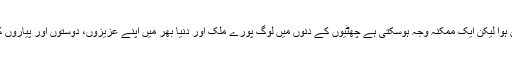
یہ واضح نہیں ہوسکا کہ ایسا کیوں ہوا لیکن ایک ممکنہ وجہ ہوسکتی ہے چھٹیوں کے دنوں میں لوگ پورے ملک اور دنیا بھر میں اپنے عزیزوں، دوستوں اور پیاروں کے ساتھ رابطے کرنا چاہتے ہیں۔